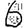
Digit: 6